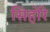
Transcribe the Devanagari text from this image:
सिहोरे